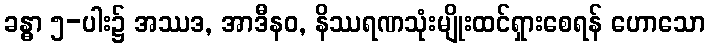
ခန္ဓာ ၅-ပါး၌ အဿဒ, အာဒီနဝ, နိဿရဏသုံးမျိုးထင်ရှားစေရန် ဟောသော